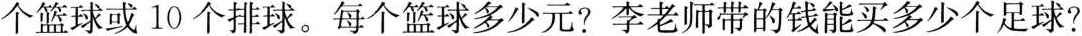
个篮球或10个排球。每个篮球多少元?李老师带的钱能买多少个足球?